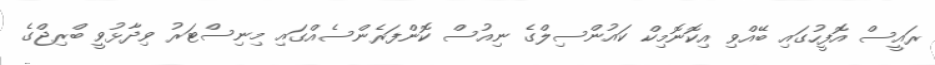
ރައީސް އޮފީހުގައި ބޭއްވި އިކޮނޮމިކް ކައުންސިލްގެ ނިއުސް ކޮންފަރެންސެއްގައި މިނިސްޓަރު ވިދާޅުވީ ބްރިޖްގެ